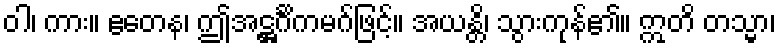
ဝါ၊ ကား။ ဧတေန၊ ဤအဋ္ဌင်္ဂိကမဂ်ဖြင့်။ အယန္တိ၊ သွားကုန်၏။ ဣတိ တသ္မာ၊